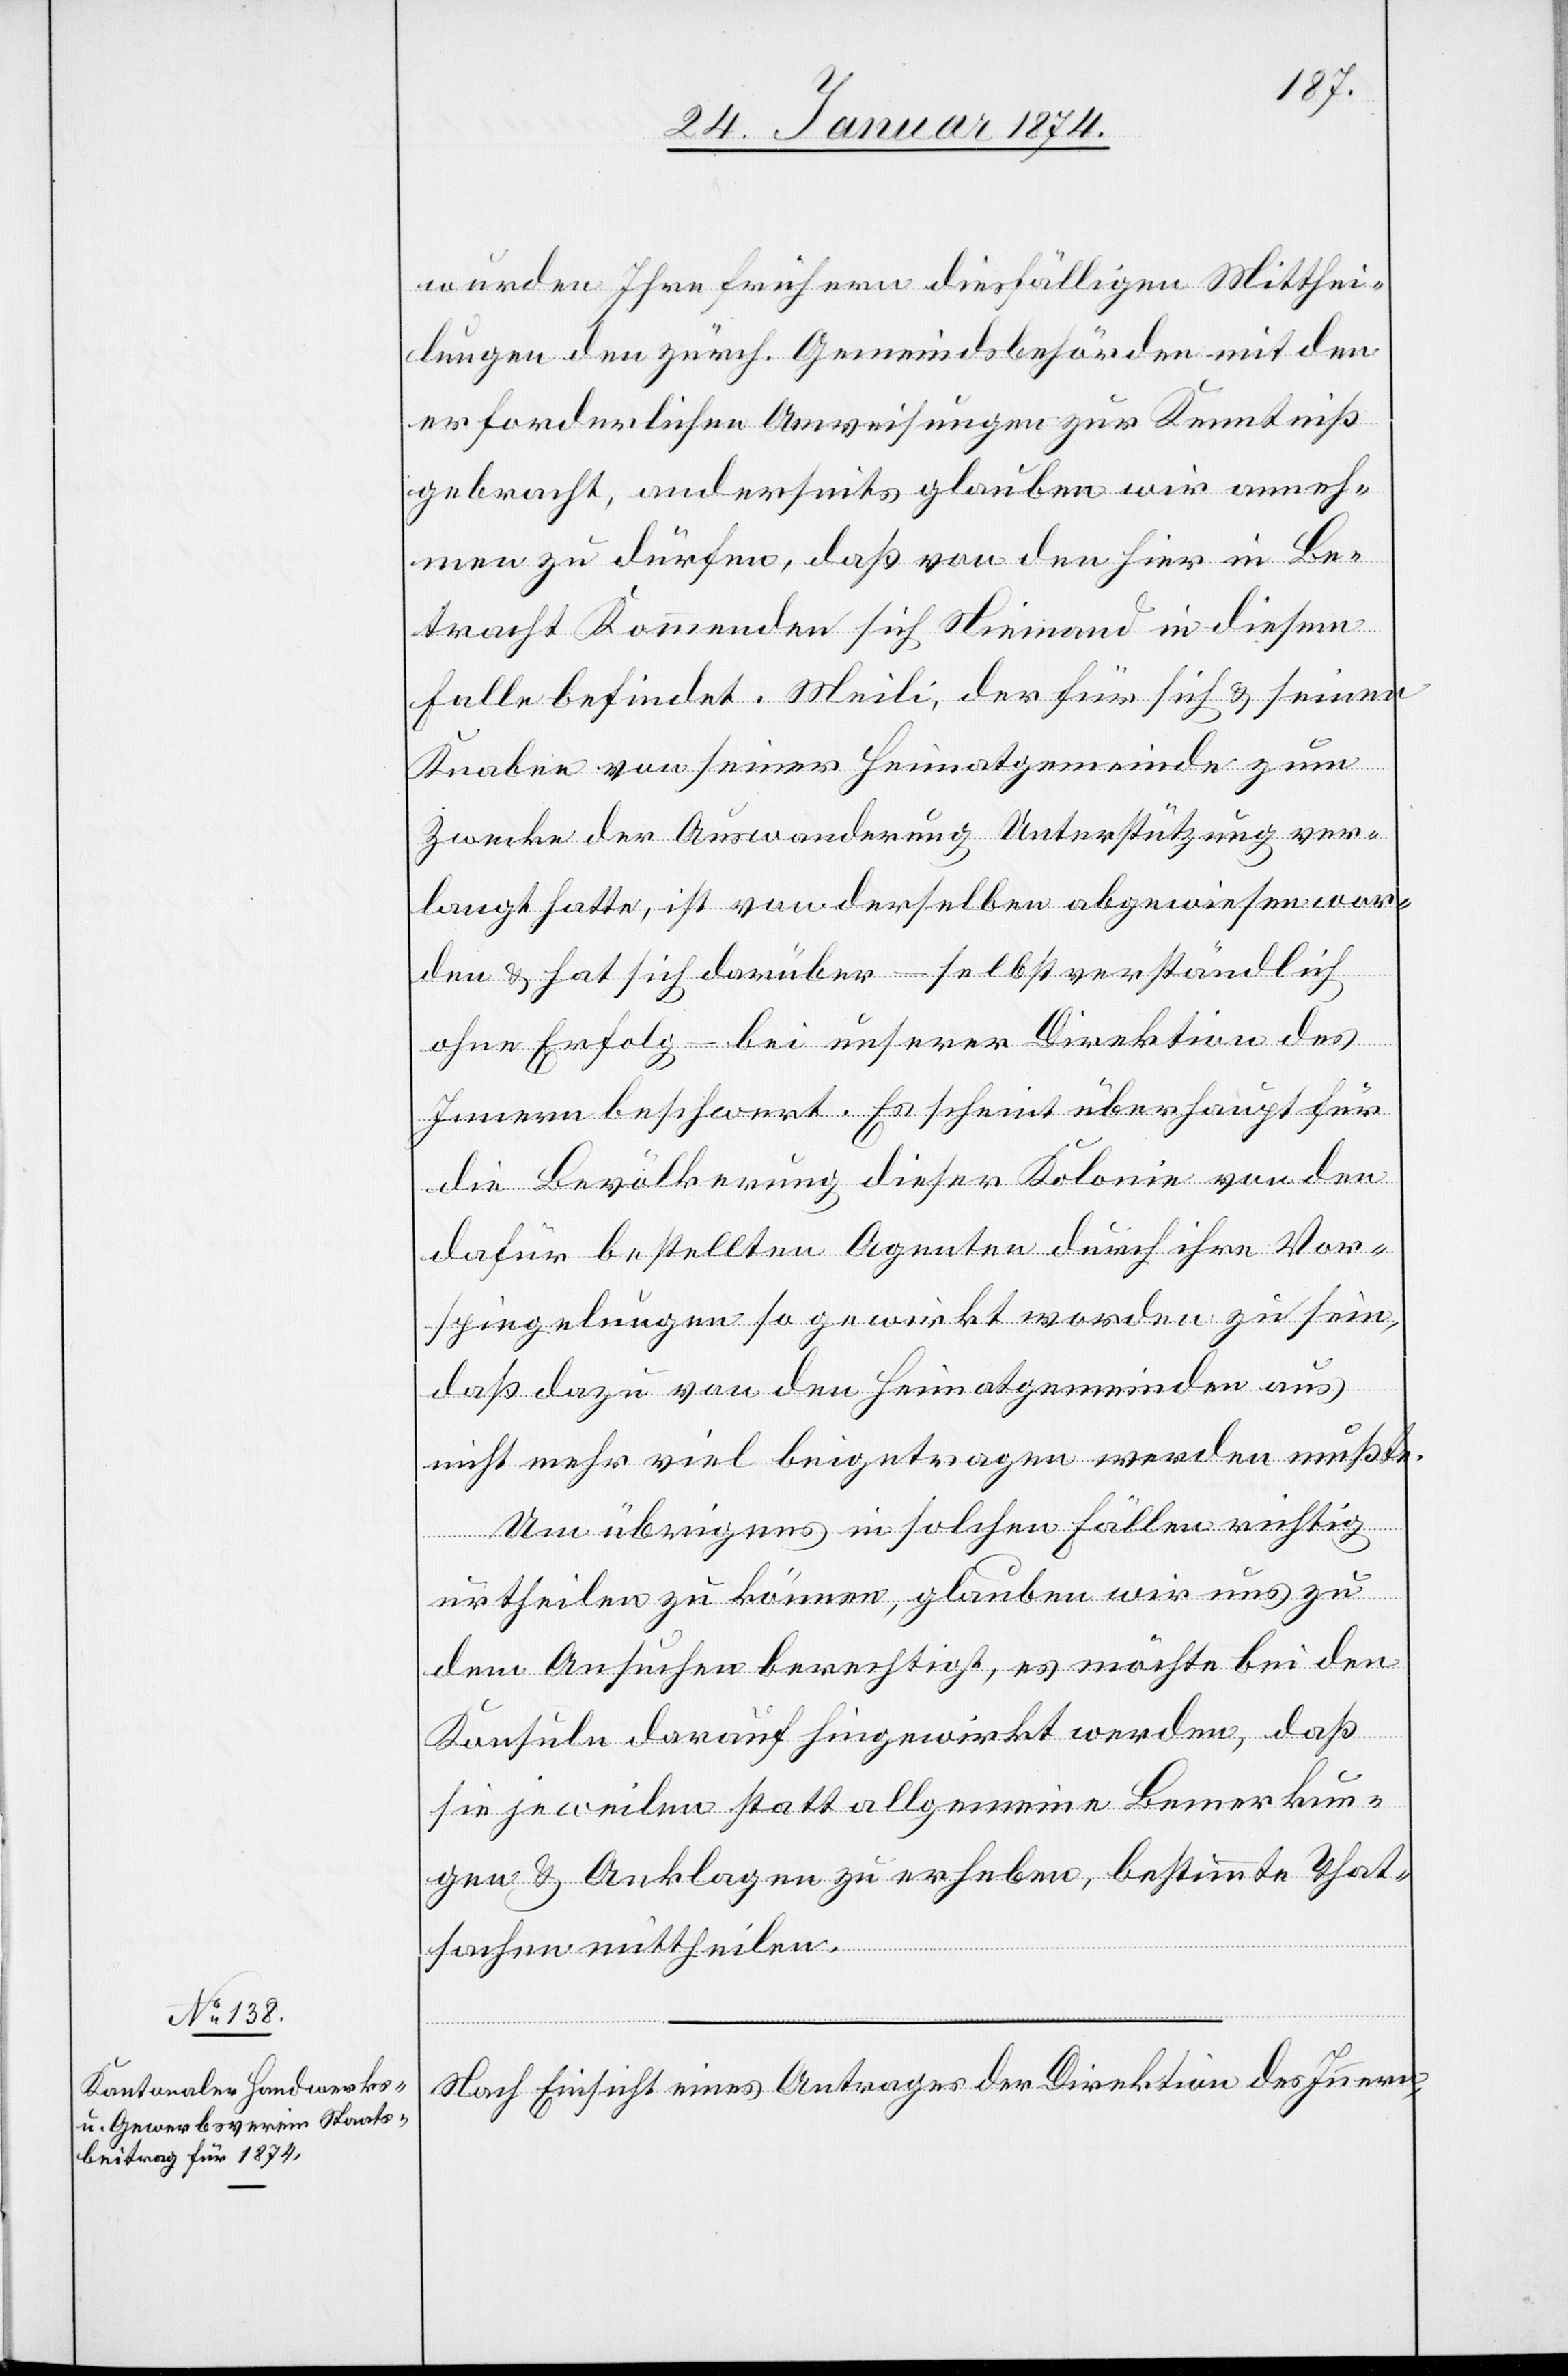
wurden Ihre frühern diesfälligen Mitthei¬
lungen den zürch. Gemeindsbehörden mit den
erforderlichen Anweisungen zur Kenntniß
gebracht, anderseits glauben wir anneh¬
men zu dürfen, daß von den hier in Be¬
tracht Kommenden sich Niemand in diesem
Falle befindet. Meili, der für sich & seinen
Knaben von seiner Heimatgemeinde zum
Zwecke der Auswanderung Unterstützung ver¬
langt hatte, ist von derselben abgewiesen wor¬
den & hat sich darüber – selbstverständlich
ohne Erfolg – bei unserer Direktion des
Innern beschwert. Es scheint überhaupt für
die Bevölkerung dieser Kolonie von den
dafür bestellten Agenten durch ihre Vor¬
spiegelungen so gewirkt worden zu sein,
daß dazu von den Heimatgemeinden aus
nicht mehr viel beigetragen werden mußte.
Um übrigens in solchen Fällen richtig
ertheilen zu können, glauben wir uns zu
den Ansuchen berechtigt, es möchte bei den
Konsuln darauf hingewirkt werden, daß
sie jeweilen statt allgemeinen Bemerkun¬
gen & Anklagen zu erheben, bestimmte That¬
sachen mittheilen.
Nach Einsicht eines Antrages der Direktion des Innern,